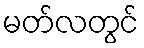
မတ်လတွင်